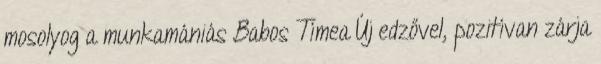
mosolyog a munkamániás Babos Tímea Új edzővel, pozitívan zárja